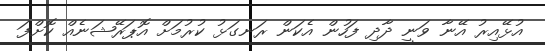
އުޅޭއިރު އޭނާ ވަނީ ދާދި ފަހުން އެކަން ރަނގަޅު ކުރުމަށް އޮޕަރޭޝަނެއް ކޮށްފަ